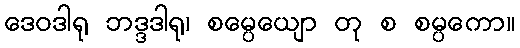
ဒေဝဒါရု ဘဒ္ဒဒါရု၊ စမ္ပေယျော တု စ စမ္ပကော။